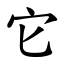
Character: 它